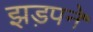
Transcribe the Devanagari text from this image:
झड़पने